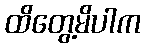
ထိတွေ့မိပါက